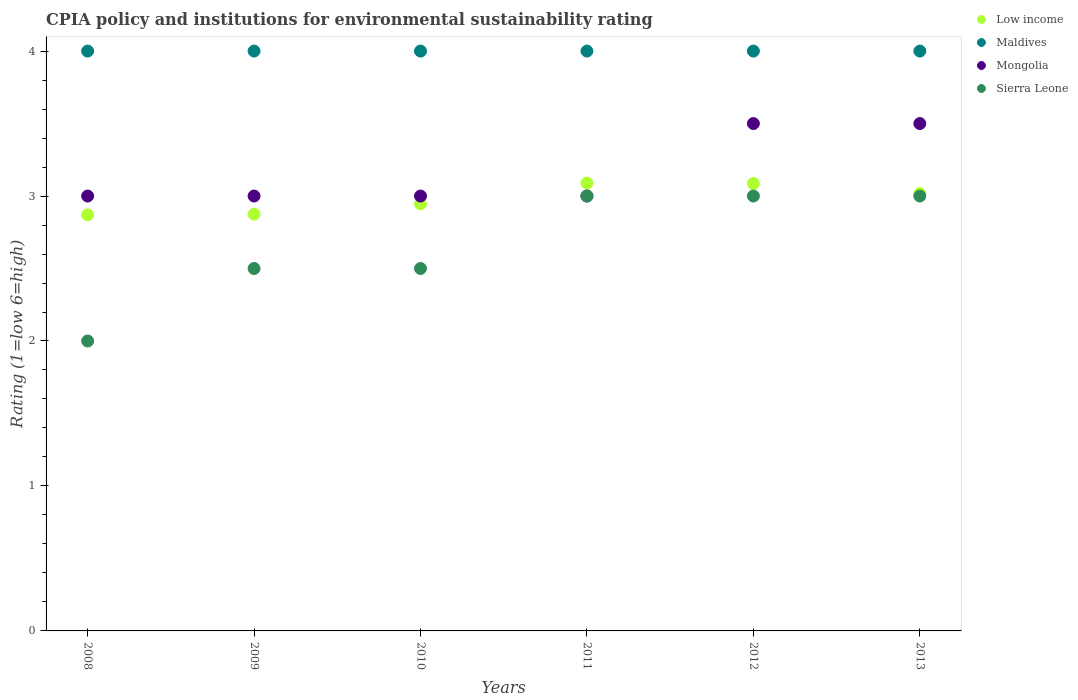
| Years | Low income | Maldives | Mongolia | Sierra Leone |
 | --- | --- | --- | --- | --- |
 | 2008 | 2.87 | 4 | 3 | 2 |
 | 2009 | 2.88 | 4 | 3 | 2.5 |
 | 2010 | 2.95 | 4 | 3 | 2.5 |
 | 2011 | 3.09 | 4 | 3 | 3 |
 | 2012 | 3.09 | 4 | 3.5 | 3 |
 | 2013 | 3.02 | 4 | 3.5 | 3 |